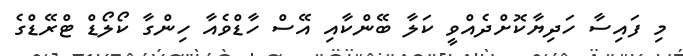
މި ފައިސާ ހަދިޔާކޮށްދެއްވީ ކަލާ ބޭންކާއި އޭސް ހާޑްވެއާ ހިންގާ ކޯލޯޑް ޓްރޭޑްގެ